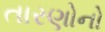
તારણોનો